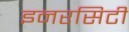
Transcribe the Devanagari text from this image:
इनरसिटी